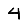
Digit: 4